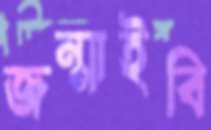
জন্মাইবি